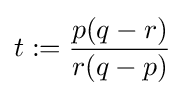
t:={\frac {p(q-r)}{r(q-p)}}